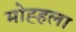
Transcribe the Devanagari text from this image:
मोह्हला